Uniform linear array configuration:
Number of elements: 12
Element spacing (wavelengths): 0.5
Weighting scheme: hann
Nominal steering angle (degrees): -45
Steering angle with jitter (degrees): -43.75
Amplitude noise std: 0.05
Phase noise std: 0.05

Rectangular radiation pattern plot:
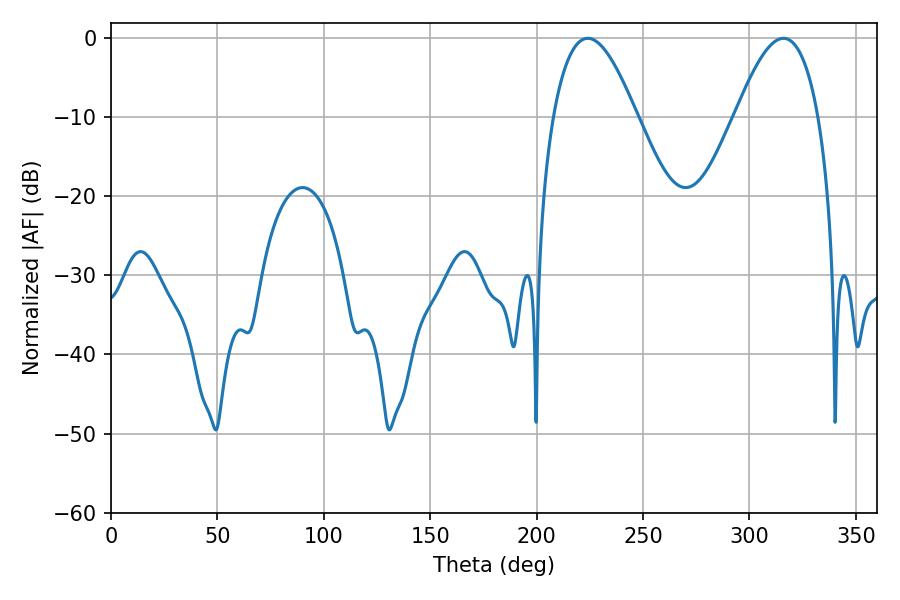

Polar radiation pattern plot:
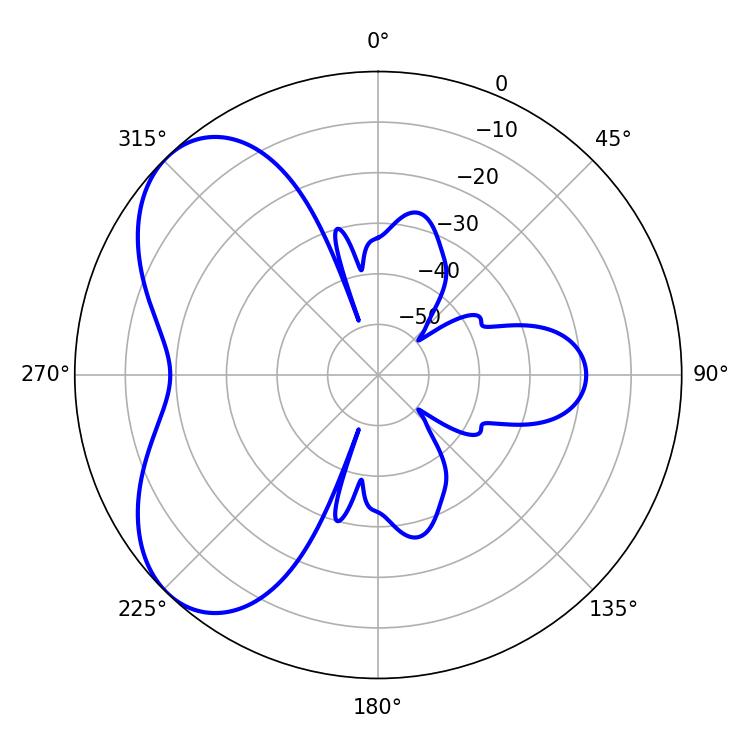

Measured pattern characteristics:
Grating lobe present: FALSE
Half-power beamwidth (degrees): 21.42
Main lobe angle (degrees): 224.1